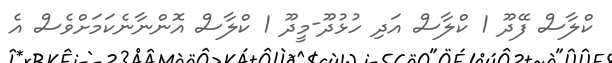
ކްލާސް ފޭދޫ 1 ކްލާސް އަދި ހުޅުދޫ-މީދޫ 1 ކްލާސް އޮންނާނެކަމަށްވެސް އެ